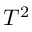
T ^ { 2 }